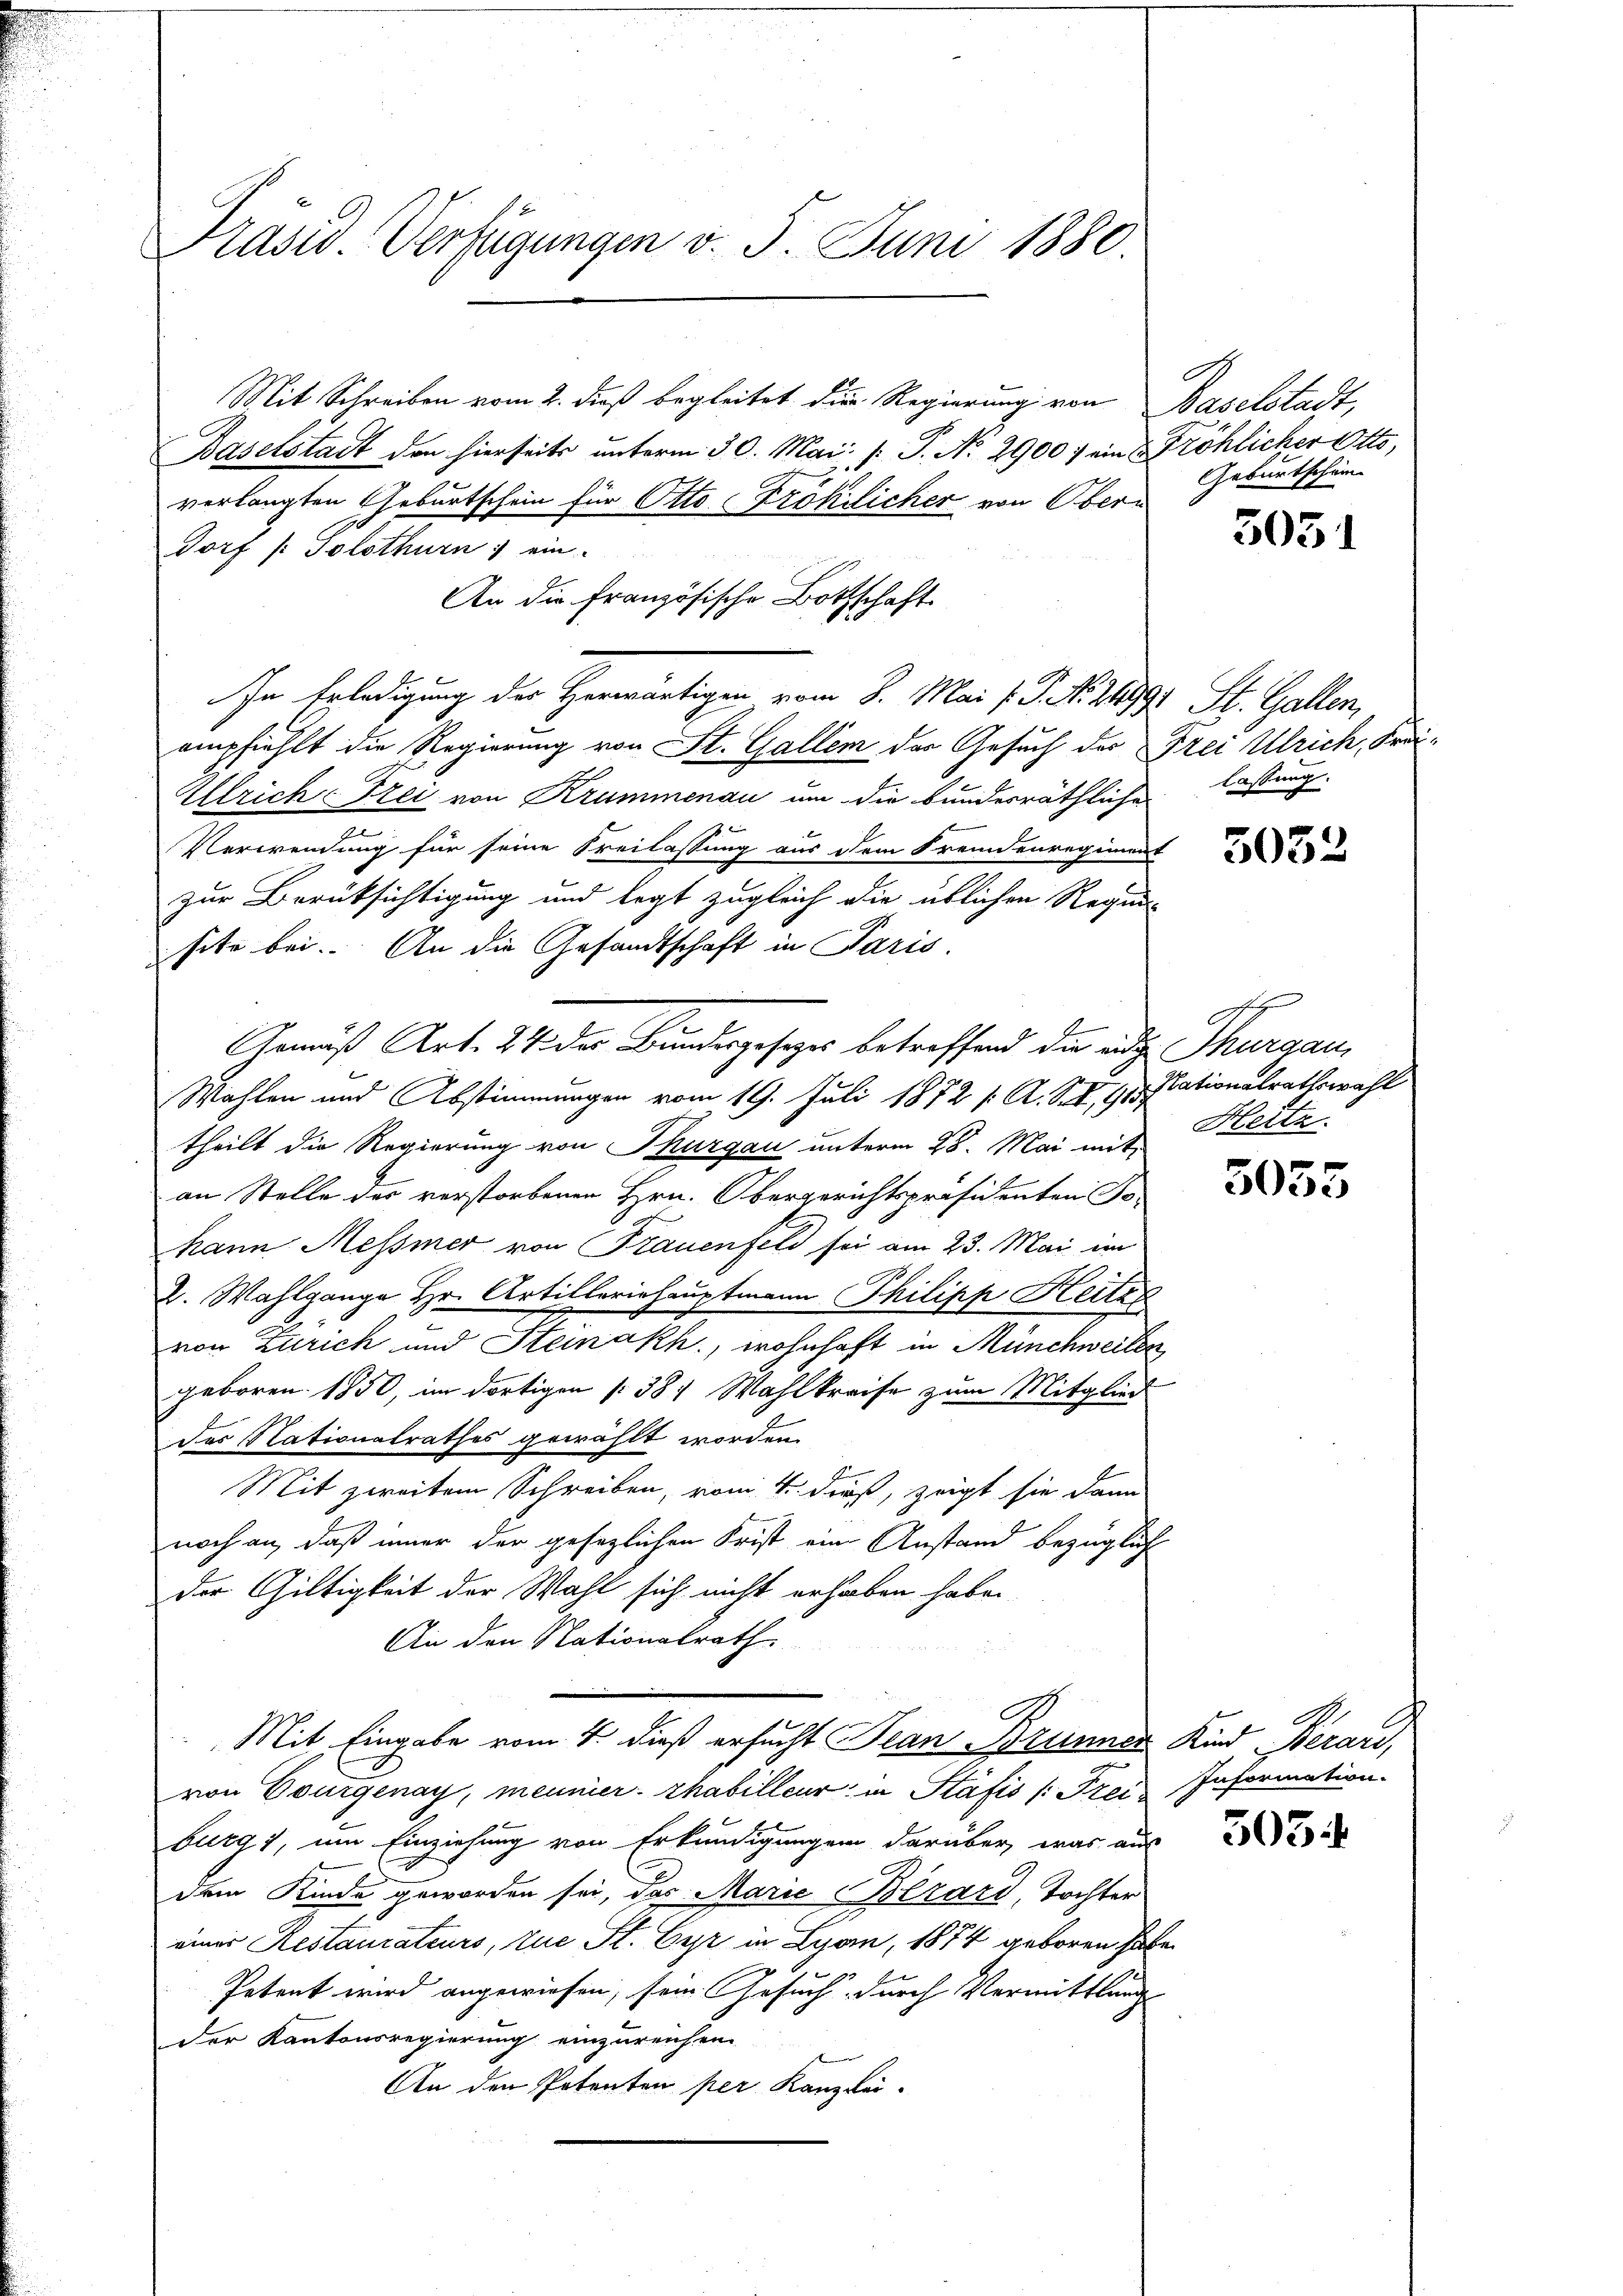
Präsid. Verfügungen v. 5. Juni 1880.

Mit Schreiben vom 2. dieß begleitet die Regierung von

Baselstadt den hierseits unterm 30. Mai, " J. No 2900. ein Fröhlicher Otto,
verlangten Geburtschein für Otto Fröhlicher von Obern
Dorf (: Solothurn ein
empfiehlt die Regierung von St. Gallen der Gesuch der Frei Ulrich, Fra¬
Ullrich-Frei von Krummenau um die bundesräthliche lastung
Verwendung für seine Freilassung aus dem Fremdenregiment
zur Berüksichtigung und legt zugleich die üblichen Regun
site bei. An die Gesandtschaft in Paris.
Gemäß Art. 24. der Bundesgesezes betreffend die und Thurgau,
Wahlen und Abstimmungen vom 19. Juli 1872 /: A. S. R. G. Nationalrathswahl
theilt die Regierung von Thurgau unterm 28. Mai mit
an Stelle des verstorbenen Hrn. Obergerichtspräsidenten Fo
hann Messmer von Frauenfeld sei am 23. Mai im
2. Wahlgange Hr. Artilleriehauptmann Philipp Heitze
von Zürich und Steinakh., wohnhaft in Münchweilen
geboren 1850, im dortigen [38) Wahlkreise zum Mitglied
des Nationalrathes gewählt worden.
Mit zweitem Schreiben, vom 4. dieß, zeigt sie dann
l
noch an, daß immer der gesezlichen Frist ein Anstand bezüglich
der Gültigkeit der Wahl sich nicht erhaben habe.
An den Nationalrath
Mit Eingabe vom 4. dieß ersucht Jean Brunner
von Bourgenay, meumier habilleur in Stäfis /: Frei Information.
burg, um Einziehung von Erkundigungen darüber, was aus
dem Kinde geworden sei, das Marie Bezard, Tochter
einer Restaurateurs, zue St. Gyr in Lyon, 1874 geboren habe
Petent wird angewiesen, sein Gesuch durch Vermittlung
der Kantonsregierung einzureichen.
An den Petenten per Kanzlei-

An die Französische Bottschaft
In Erledigung der Herwärtigen vom 8. Mai v. J. N. 11991 St. Gallen,

.
Baselstadt,
Geburtschein

2

3051

5052

d
Heite

3053

Kind Beraus,

503.